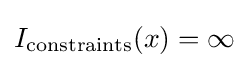
I_{\mathrm {constraints} }(x)=\infty